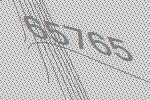
65765